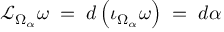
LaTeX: { \mathcal { L } } _ { \Omega _ { \alpha } } \omega \; = \; d \left( \iota _ { \Omega _ { \alpha } } \omega \right) \; = \; d \alpha